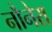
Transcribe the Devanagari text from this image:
नौनेरा